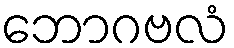
ဘောဂဗလံ